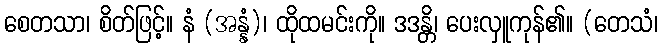
စေတသာ၊ စိတ်ဖြင့်။ နံ (အန္နံ)၊ ထိုထမင်းကို။ ဒဒန္တိ၊ ပေးလှူကုန်၏။ (တေသံ၊